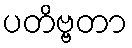
ပတိဗ္ဗတာ